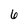
Character: 6